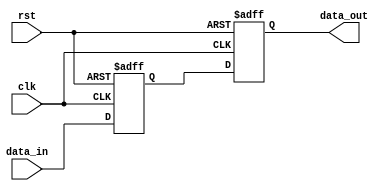
module inverter_delay (
    input wire clk,
    input wire rst,
    input wire data_in,
    output reg data_out
);

reg inverter_out;

// Timing control block
always @(posedge clk or posedge rst) begin
    if (rst) begin
        inverter_out <= 1'b0;
    end else begin
        inverter_out <= data_in;
    end
end

// Inverter block with delay
always @(posedge clk or posedge rst) begin
    if (rst) begin
        data_out <= 1'b0;
    end else begin
        data_out <= inverter_out;
    end
end

endmodule